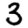
Digit: 3